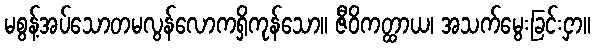
မစွန့်အပ်သောတမလွန်လောကရှိကုန်သော။ ဇီဝိကတ္ထာယ၊ အသက်မွေးခြင်းငှာ။